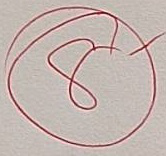
8